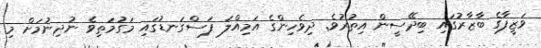
ވަޒީފާގެ ބާޒާރުގައި ބިދޭސީން އިތުރުވެ